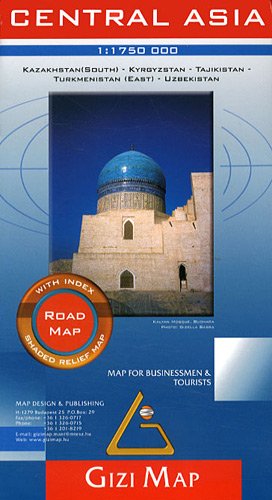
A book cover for Central Asia Road Map - Southern Kazakhstan, Kyrgyzstan, Tajikistan, Turkmenistan (East), Uzbekistan (English and French Edition); Gizi; Travel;